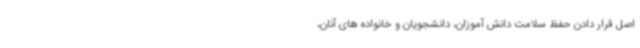
اصل قرار دادن حفظ سلامت دانش آموزان، دانشجویان و خانواده های آنان،